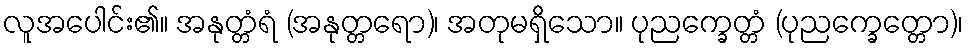
လူအပေါင်း၏။ အနုတ္တံရံ (အနုတ္တရော)၊ အတုမရှိသော။ ပုညက္ခေတ္တံ (ပုညက္ခေတ္တော)၊